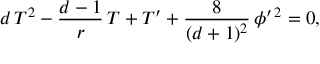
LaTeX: d \, T ^ { 2 } - { \frac { d - 1 } { r } } \, T + T ^ { \prime } + { \frac { 8 } { ( d + 1 ) ^ { 2 } } } \, \phi ^ { \prime \, 2 } = 0 ,